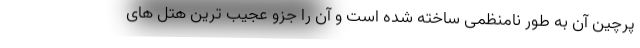
پرچین آن به طور نامنظمی ساخته شده است و آن را جزو عجیب ترین هتل های